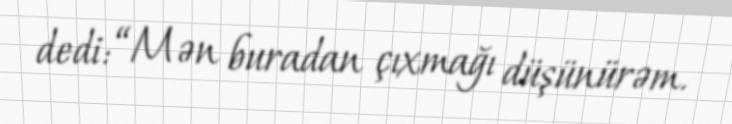
dedi: “Mən buradan çıxmağı düşünürəm.